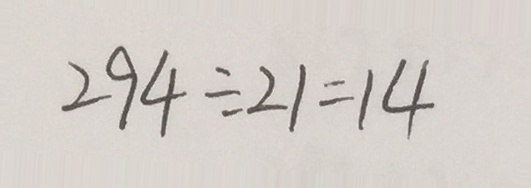
2 9 4 \div 2 1 = 1 4